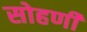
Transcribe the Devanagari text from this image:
सोहणी